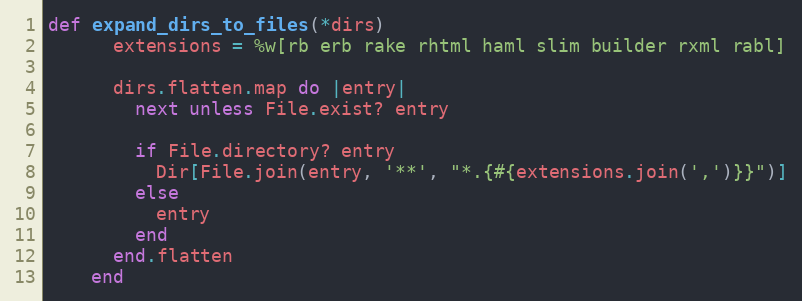
Language: Ruby
def expand_dirs_to_files(*dirs)
      extensions = %w[rb erb rake rhtml haml slim builder rxml rabl]

      dirs.flatten.map do |entry|
        next unless File.exist? entry

        if File.directory? entry
          Dir[File.join(entry, '**', "*.{#{extensions.join(',')}}")]
        else
          entry
        end
      end.flatten
    end